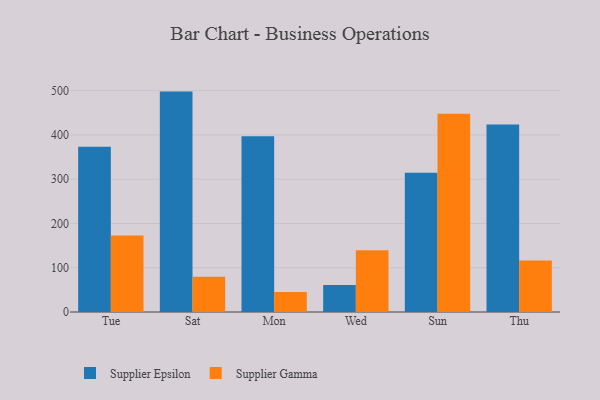
{"axis": {"x": "Day", "y": "Latency (ms)"}, "legend": ["Supplier Epsilon", "Supplier Gamma"], "data": [{"x": "Tue", "y": 373.1, "type": "Supplier Epsilon"}, {"x": "Tue", "y": 172.6, "type": "Supplier Gamma"}, {"x": "Sat", "y": 497.9, "type": "Supplier Epsilon"}, {"x": "Sat", "y": 79.9, "type": "Supplier Gamma"}, {"x": "Mon", "y": 397.3, "type": "Supplier Epsilon"}, {"x": "Mon", "y": 45.4, "type": "Supplier Gamma"}, {"x": "Wed", "y": 61.0, "type": "Supplier Epsilon"}, {"x": "Wed", "y": 139.4, "type": "Supplier Gamma"}, {"x": "Sun", "y": 314.7, "type": "Supplier Epsilon"}, {"x": "Sun", "y": 448.1, "type": "Supplier Gamma"}, {"x": "Thu", "y": 423.5, "type": "Supplier Epsilon"}, {"x": "Thu", "y": 116.5, "type": "Supplier Gamma"}]}